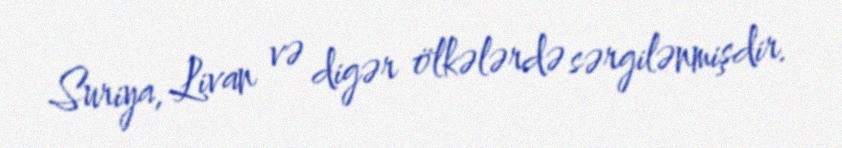
Suriya, Livan və digər ölkələrdə sərgilənmişdir.